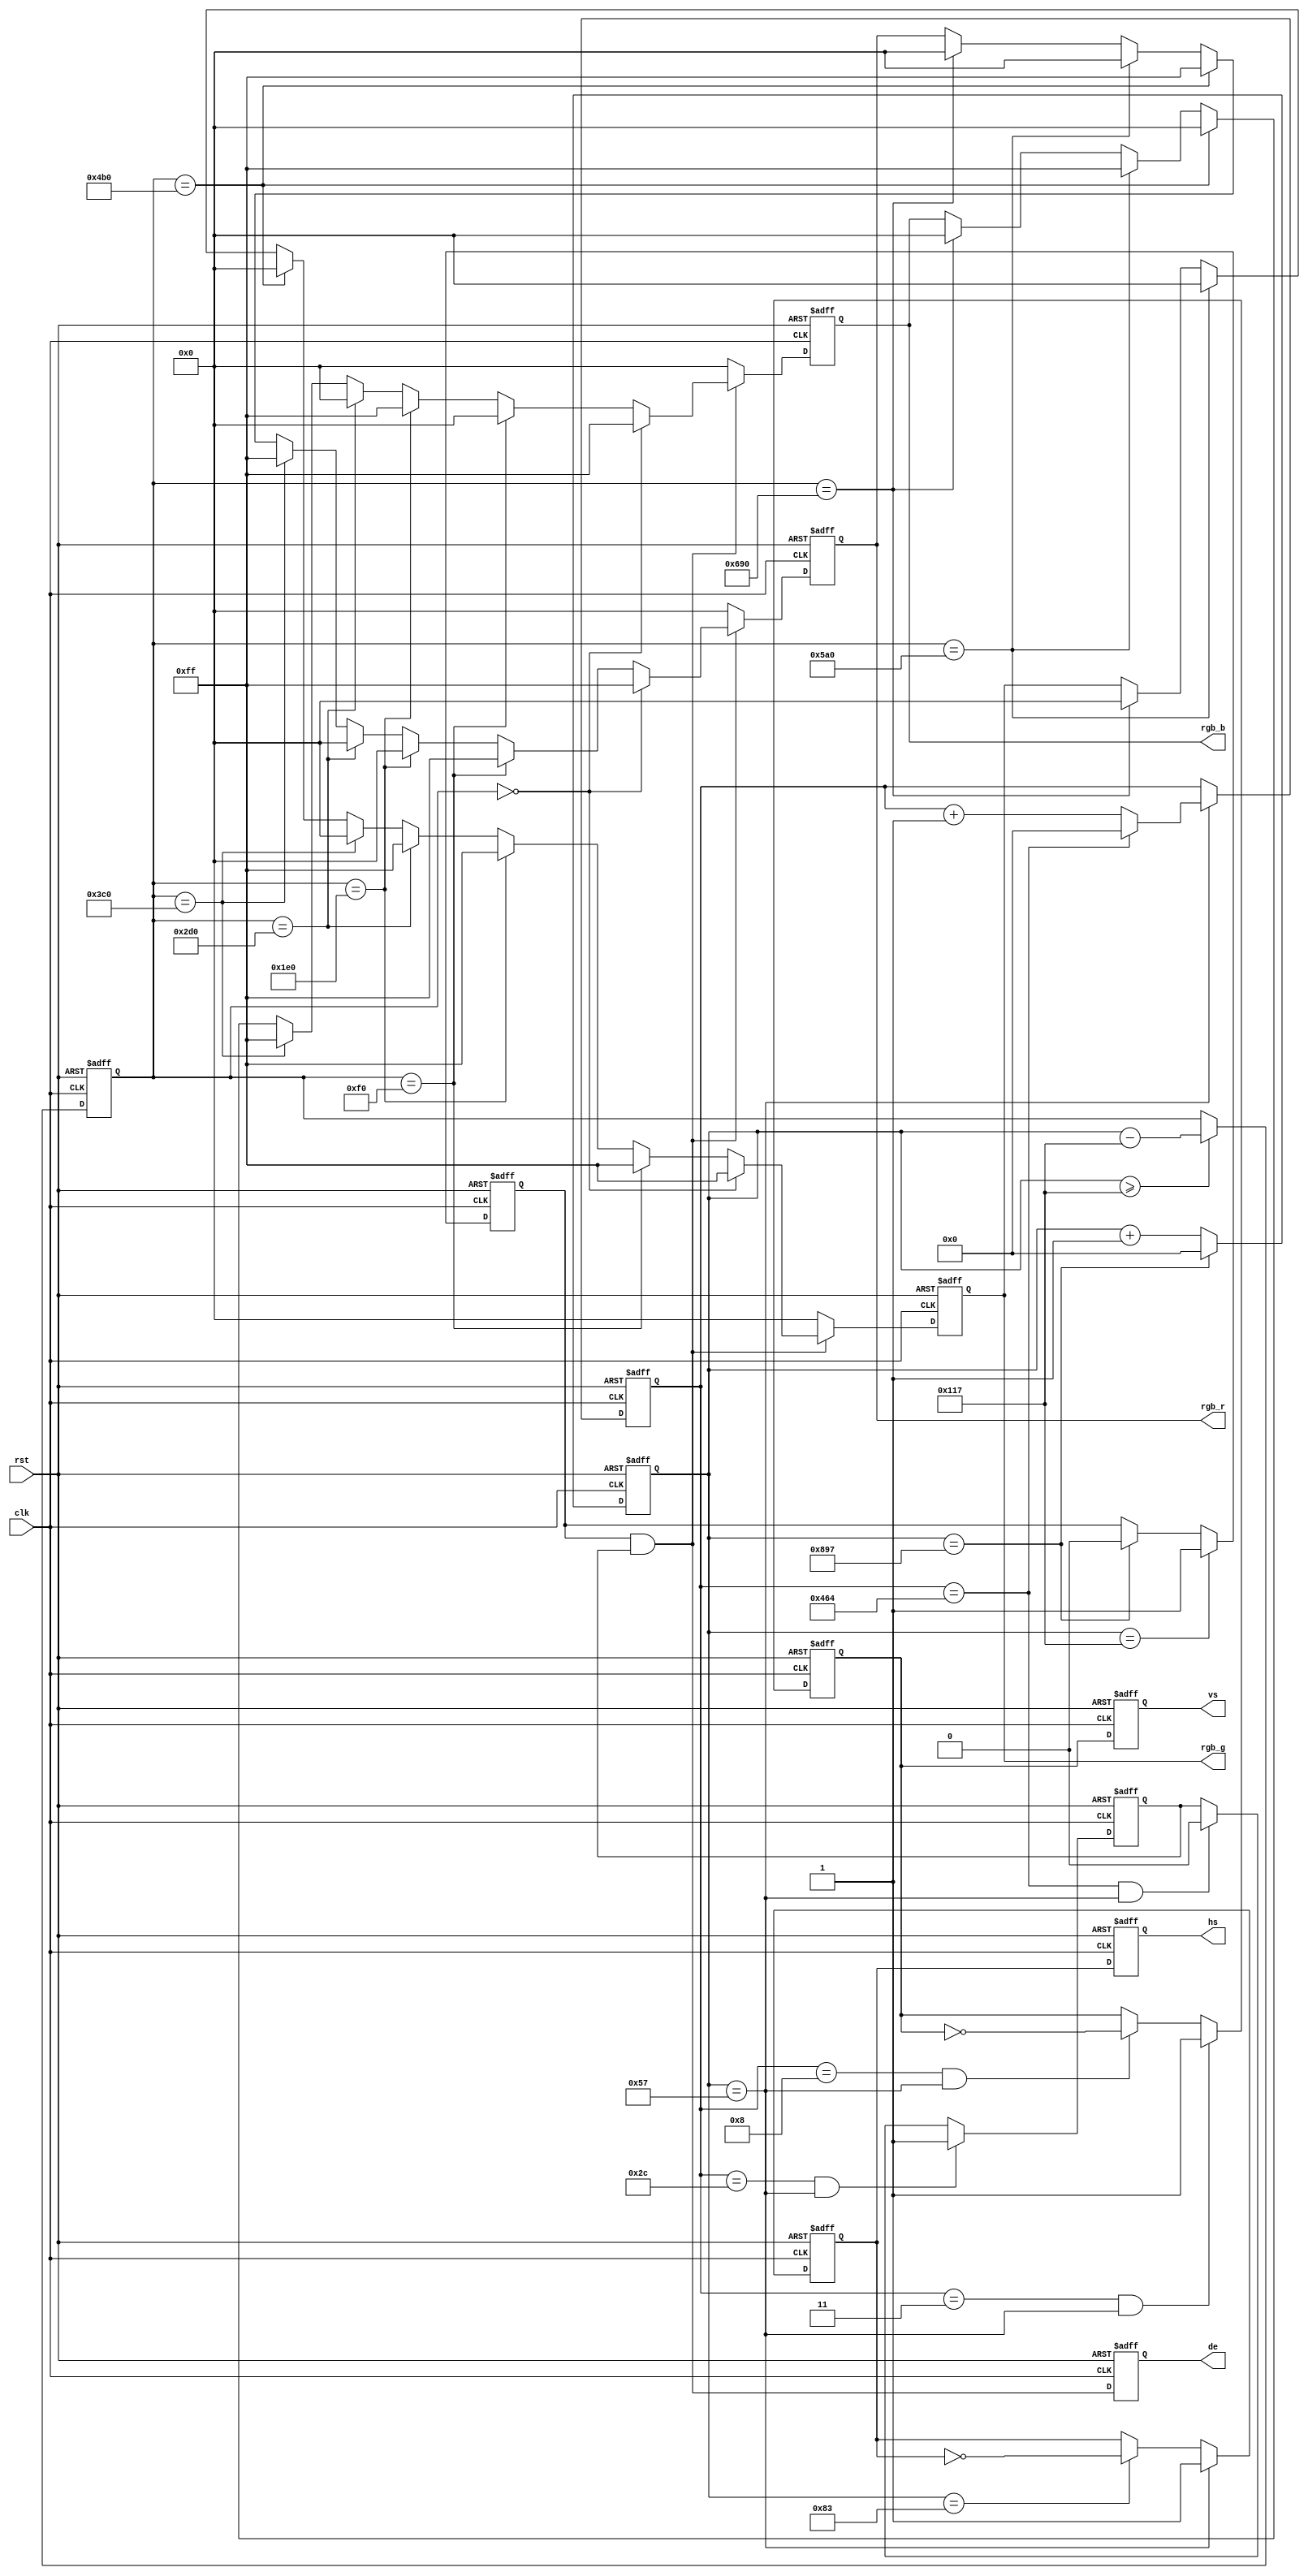
//////////////////////////////////////////////////////////////////////////////////
//   color bar generator module                                                 //
//                                                                              //
//          msq@qq.com                                                          //
//          ALINX(shanghai) Technology Co.,Ltd                                  //
//          heijin                                                              //
//     WEB: http://www.alinx.cn/                                                //
//     BBS: http://www.heijin.org/                                              //
//                                                                              //
//////////////////////////////////////////////////////////////////////////////////
//                                                                              //
// Copyright (c) 2017,ALINX(shanghai) Technology Co.,Ltd                        //
//                    All rights reserved                                       //
//                                                                              //
// This source file may be used and distributed without restriction provided    //
// that this copyright statement is not removed from the file and that any      //
// derivative work contains the original copyright notice and the associated    //
// disclaimer.                                                                  //
//                                                                              //
//////////////////////////////////////////////////////////////////////////////////

//================================================================================
//  Revision History:
//  Date          By            Revision    Change Description
//--------------------------------------------------------------------------------
//2013/4/16                    1.0          Original
//2013/4/18                    1.1          vs timing
//2013/5/7                     1.2          remove some warning
//2017/7/17                    1.3      
//*******************************************************************************/
// `include "video_define.v"
`define	VIDEO_1920_1080
module color_bar(
	input                 clk,           //pixel clock
	input                 rst,           //reset signal high active
	output                hs,            //horizontal synchronization
	output                vs,            //vertical synchronization
	output                de,            //video valid
	output[7:0]           rgb_r,         //video red data
	output[7:0]           rgb_g,         //video green data
	output[7:0]           rgb_b          //video blue data
);
//video timing parameter definition
`ifdef  VIDEO_1280_720
parameter H_ACTIVE = 16'd1280;           //horizontal active time (pixels)
parameter H_FP = 16'd110;                //horizontal front porch (pixels)
parameter H_SYNC = 16'd40;               //horizontal sync time(pixels)
parameter H_BP = 16'd220;                //horizontal back porch (pixels)
parameter V_ACTIVE = 16'd720;            //vertical active Time (lines)
parameter V_FP  = 16'd5;                 //vertical front porch (lines)
parameter V_SYNC  = 16'd5;               //vertical sync time (lines)
parameter V_BP  = 16'd20;                //vertical back porch (lines)
parameter HS_POL = 1'b1;                 //horizontal sync polarity, 1 : POSITIVE,0 : NEGATIVE;
parameter VS_POL = 1'b1;                 //vertical sync polarity, 1 : POSITIVE,0 : NEGATIVE;
`endif

//480x272 9Mhz
`ifdef  VIDEO_480_272
parameter H_ACTIVE = 16'd480; 
parameter H_FP = 16'd2;       
parameter H_SYNC = 16'd41;    
parameter H_BP = 16'd2;       
parameter V_ACTIVE = 16'd272; 
parameter V_FP  = 16'd2;     
parameter V_SYNC  = 16'd10;   
parameter V_BP  = 16'd2;     
parameter HS_POL = 1'b0;
parameter VS_POL = 1'b0;
`endif

//640x480 25.175Mhz
`ifdef  VIDEO_640_480
parameter H_ACTIVE = 16'd640; 
parameter H_FP = 16'd16;      
parameter H_SYNC = 16'd96;    
parameter H_BP = 16'd48;      
parameter V_ACTIVE = 16'd480; 
parameter V_FP  = 16'd10;    
parameter V_SYNC  = 16'd2;    
parameter V_BP  = 16'd33;    
parameter HS_POL = 1'b0;
parameter VS_POL = 1'b0;
`endif

//800x480 33Mhz
`ifdef  VIDEO_800_480
parameter H_ACTIVE = 16'd800; 
parameter H_FP = 16'd40;      
parameter H_SYNC = 16'd128;   
parameter H_BP = 16'd88;      
parameter V_ACTIVE = 16'd480; 
parameter V_FP  = 16'd1;     
parameter V_SYNC  = 16'd3;    
parameter V_BP  = 16'd21;    
parameter HS_POL = 1'b0;
parameter VS_POL = 1'b0;
`endif

//800x600 40Mhz
`ifdef  VIDEO_800_600
parameter H_ACTIVE = 16'd800; 
parameter H_FP = 16'd40;      
parameter H_SYNC = 16'd128;   
parameter H_BP = 16'd88;      
parameter V_ACTIVE = 16'd600; 
parameter V_FP  = 16'd1;     
parameter V_SYNC  = 16'd4;    
parameter V_BP  = 16'd23;    
parameter HS_POL = 1'b1;
parameter VS_POL = 1'b1;
`endif

//1024x768 65Mhz
`ifdef  VIDEO_1024_768
parameter H_ACTIVE = 16'd1024;
parameter H_FP = 16'd24;      
parameter H_SYNC = 16'd136;   
parameter H_BP = 16'd160;     
parameter V_ACTIVE = 16'd768; 
parameter V_FP  = 16'd3;      
parameter V_SYNC  = 16'd6;    
parameter V_BP  = 16'd29;     
parameter HS_POL = 1'b0;
parameter VS_POL = 1'b0;
`endif

//1920x1080 148.5Mhz
`ifdef  VIDEO_1920_1080
parameter H_ACTIVE = 16'd1920;
parameter H_FP = 16'd88;
parameter H_SYNC = 16'd44;
parameter H_BP = 16'd148; 
parameter V_ACTIVE = 16'd1080;
parameter V_FP  = 16'd4;
parameter V_SYNC  = 16'd5;
parameter V_BP  = 16'd36;
parameter HS_POL = 1'b1;
parameter VS_POL = 1'b1;
`endif
parameter H_TOTAL = H_ACTIVE + H_FP + H_SYNC + H_BP;//horizontal total time (pixels)
parameter V_TOTAL = V_ACTIVE + V_FP + V_SYNC + V_BP;//vertical total time (lines)
//define the RGB values for 8 colors
parameter WHITE_R       = 8'hff;
parameter WHITE_G       = 8'hff;
parameter WHITE_B       = 8'hff;
parameter YELLOW_R      = 8'hff;
parameter YELLOW_G      = 8'hff;
parameter YELLOW_B      = 8'h00;                                
parameter CYAN_R        = 8'h00;
parameter CYAN_G        = 8'hff;
parameter CYAN_B        = 8'hff;                                
parameter GREEN_R       = 8'h00;
parameter GREEN_G       = 8'hff;
parameter GREEN_B       = 8'h00;
parameter MAGENTA_R     = 8'hff;
parameter MAGENTA_G     = 8'h00;
parameter MAGENTA_B     = 8'hff;
parameter RED_R         = 8'hff;
parameter RED_G         = 8'h00;
parameter RED_B         = 8'h00;
parameter BLUE_R        = 8'h00;
parameter BLUE_G        = 8'h00;
parameter BLUE_B        = 8'hff;
parameter BLACK_R       = 8'h00;
parameter BLACK_G       = 8'h00;
parameter BLACK_B       = 8'h00;
reg hs_reg;                      //horizontal sync register
reg vs_reg;                      //vertical sync register
reg hs_reg_d0;                   //delay 1 clock of 'hs_reg'
reg vs_reg_d0;                   //delay 1 clock of 'vs_reg'
reg[11:0] h_cnt;                 //horizontal counter
reg[11:0] v_cnt;                 //vertical counter
reg[11:0] active_x;              //video x position 
reg[11:0] active_y;              //video y position 
reg[7:0] rgb_r_reg;              //video red data register
reg[7:0] rgb_g_reg;              //video green data register
reg[7:0] rgb_b_reg;              //video blue data register
reg h_active;                    //horizontal video active
reg v_active;                    //vertical video active
wire video_active;               //video active(horizontal active and vertical active)
reg video_active_d0;             //delay 1 clock of video_active
assign hs = hs_reg_d0;
assign vs = vs_reg_d0;
assign video_active = h_active & v_active;
assign de = video_active_d0;
assign rgb_r = rgb_r_reg;
assign rgb_g = rgb_g_reg;
assign rgb_b = rgb_b_reg;
always@(posedge clk or posedge rst)
begin
	if(rst == 1'b1)
		begin
			hs_reg_d0 <= 1'b0;
			vs_reg_d0 <= 1'b0;
			video_active_d0 <= 1'b0;
		end
	else
		begin
			hs_reg_d0 <= hs_reg;
			vs_reg_d0 <= vs_reg;
			video_active_d0 <= video_active;
		end
end

always@(posedge clk or posedge rst)
begin
	if(rst == 1'b1)
		h_cnt <= 12'd0;
	else if(h_cnt == H_TOTAL - 1)//horizontal counter maximum value
		h_cnt <= 12'd0;
	else
		h_cnt <= h_cnt + 12'd1;
end

always@(posedge clk or posedge rst)
begin
	if(rst == 1'b1)
		active_x <= 12'd0;
	else if(h_cnt >= H_FP + H_SYNC + H_BP - 1)//horizontal video active
		active_x <= h_cnt - (H_FP[11:0] + H_SYNC[11:0] + H_BP[11:0] - 12'd1);
	else
		active_x <= active_x;
end

always@(posedge clk or posedge rst)
begin
	if(rst == 1'b1)
		v_cnt <= 12'd0;
	else if(h_cnt == H_FP  - 1)//horizontal sync time
		if(v_cnt == V_TOTAL - 1)//vertical counter maximum value
			v_cnt <= 12'd0;
		else
			v_cnt <= v_cnt + 12'd1;
	else
		v_cnt <= v_cnt;
end

always@(posedge clk or posedge rst)
begin
	if(rst == 1'b1)
		hs_reg <= 1'b0;
	else if(h_cnt == H_FP - 1)//horizontal sync begin
		hs_reg <= HS_POL;
	else if(h_cnt == H_FP + H_SYNC - 1)//horizontal sync end
		hs_reg <= ~hs_reg;
	else
		hs_reg <= hs_reg;
end

always@(posedge clk or posedge rst)
begin
	if(rst == 1'b1)
		h_active <= 1'b0;
	else if(h_cnt == H_FP + H_SYNC + H_BP - 1)//horizontal active begin
		h_active <= 1'b1;
	else if(h_cnt == H_TOTAL - 1)//horizontal active end
		h_active <= 1'b0;
	else
		h_active <= h_active;
end

always@(posedge clk or posedge rst)
begin
	if(rst == 1'b1)
		vs_reg <= 1'd0;
	else if((v_cnt == V_FP - 1) && (h_cnt == H_FP - 1))//vertical sync begin
		vs_reg <= HS_POL;
	else if((v_cnt == V_FP + V_SYNC - 1) && (h_cnt == H_FP - 1))//vertical sync end
		vs_reg <= ~vs_reg;  
	else
		vs_reg <= vs_reg;
end

always@(posedge clk or posedge rst)
begin
	if(rst == 1'b1)
		v_active <= 1'd0;
	else if((v_cnt == V_FP + V_SYNC + V_BP - 1) && (h_cnt == H_FP - 1))//vertical active begin
		v_active <= 1'b1;
	else if((v_cnt == V_TOTAL - 1) && (h_cnt == H_FP - 1)) //vertical active end
		v_active <= 1'b0;   
	else
		v_active <= v_active;
end

always@(posedge clk or posedge rst)
begin
	if(rst == 1'b1)
		begin
			rgb_r_reg <= 8'h00;
			rgb_g_reg <= 8'h00;
			rgb_b_reg <= 8'h00;
		end
	else if(video_active)
		if(active_x == 12'd0)
			begin
				rgb_r_reg <= WHITE_R;
				rgb_g_reg <= WHITE_G;
				rgb_b_reg <= WHITE_B;
			end
		else if(active_x == (H_ACTIVE/8) * 1)
			begin
				rgb_r_reg <= YELLOW_R;
				rgb_g_reg <= YELLOW_G;
				rgb_b_reg <= YELLOW_B;
			end         
		else if(active_x == (H_ACTIVE/8) * 2)
			begin
				rgb_r_reg <= CYAN_R;
				rgb_g_reg <= CYAN_G;
				rgb_b_reg <= CYAN_B;
			end
		else if(active_x == (H_ACTIVE/8) * 3)
			begin
				rgb_r_reg <= GREEN_R;
				rgb_g_reg <= GREEN_G;
				rgb_b_reg <= GREEN_B;
			end
		else if(active_x == (H_ACTIVE/8) * 4)
			begin
				rgb_r_reg <= MAGENTA_R;
				rgb_g_reg <= MAGENTA_G;
				rgb_b_reg <= MAGENTA_B;
			end
		else if(active_x == (H_ACTIVE/8) * 5)
			begin
				rgb_r_reg <= RED_R;
				rgb_g_reg <= RED_G;
				rgb_b_reg <= RED_B;
			end
		else if(active_x == (H_ACTIVE/8) * 6)
			begin
				rgb_r_reg <= BLUE_R;
				rgb_g_reg <= BLUE_G;
				rgb_b_reg <= BLUE_B;
			end 
		else if(active_x == (H_ACTIVE/8) * 7)
			begin
				rgb_r_reg <= BLACK_R;
				rgb_g_reg <= BLACK_G;
				rgb_b_reg <= BLACK_B;
			end
		else
			begin
				rgb_r_reg <= rgb_r_reg;
				rgb_g_reg <= rgb_g_reg;
				rgb_b_reg <= rgb_b_reg;
			end         
	else
		begin
			rgb_r_reg <= 8'h00;
			rgb_g_reg <= 8'h00;
			rgb_b_reg <= 8'h00;
		end
end

endmodule